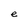
Character: e